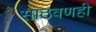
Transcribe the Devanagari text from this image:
साठवणही